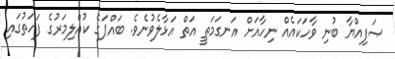
ޞަފިއްޔާ ބުނި ވާހަކައެއް ނިހާއަށް އަނގަމަތީ އަތް އަޅާލެވުނެވެ. ބައްޕަގެ ކުއްލިމަރުގެ ފަހަތުގައި